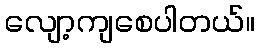
လျော့ကျစေပါတယ်။